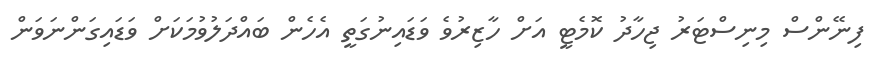
ފިނޭންސް މިނިސްޓަރު ޖިހާދު ކޮމެޓީ އަށް ހާޒިރުވެ ވަޑައިނުގަތީ އެހެން ބައްދަލުވުމަކަށް ވަޑައިގަންނަވަން